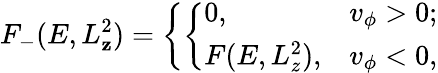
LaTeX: F_{-}(E,L_{\mathbf{z}}^{2})=\left\{ \left\{ \begin{array}{ll}{{0,}}&{{v_{\phi}>0;}}\\ {{F(E,L_{z}^{2}),}}&{{v_{\phi}<0,}}\end{array}\right.\right.